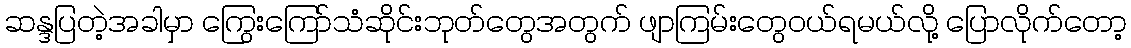
ဆန္ဒပြတဲ့အခါမှာ ကြွေးကြော်သံဆိုင်းဘုတ်တွေအတွက် ဖျာကြမ်းတွေဝယ်ရမယ်လို့ ပြောလိုက်တော့